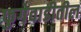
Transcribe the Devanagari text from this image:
फुगेवाडीतील